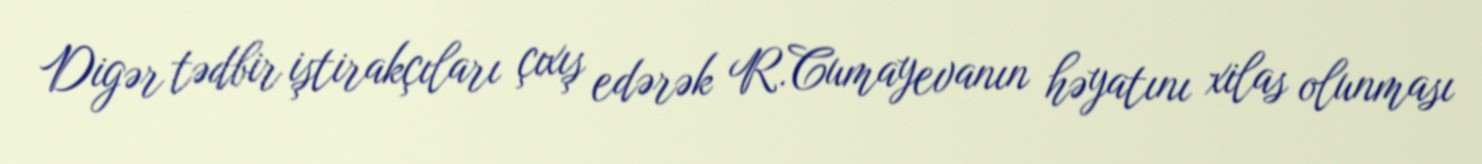
Digər tədbir iştirakçıları çıxış edərək R.Cumayevanın həyatını xilas olunması